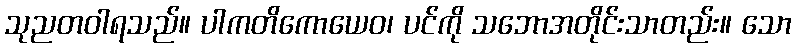
သုညတဝါရသည်။ ပါကတိကောယေဝ၊ ပင်ကို သဘောအတိုင်းသာတည်း။ သော